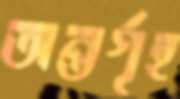
অন্তর্গৃহ